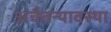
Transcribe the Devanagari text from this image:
अचैतन्यावस्था